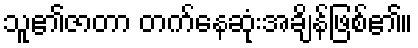
သူ၏ဇာတာ တက်နေဆုံးအချိန်ဖြစ်၏။